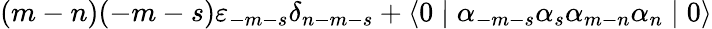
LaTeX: (m-n)(-m-s){\varepsilon}_{-m-s}{\delta}_{n-m-s}+\langle 0\mid{\alpha}_{-m-s}{\alpha}_{s}{\alpha}_{m-n}{\alpha}_{n}\mid 0\rangle